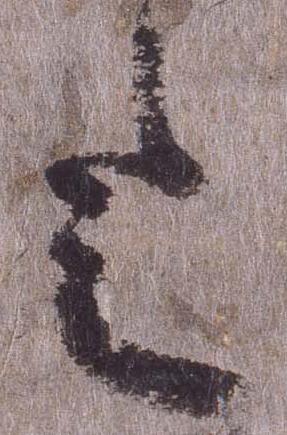
令